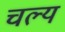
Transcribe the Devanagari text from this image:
चल्य